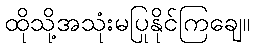
ထိုသို့အသုံးမပြုနိုင်ကြချေ။